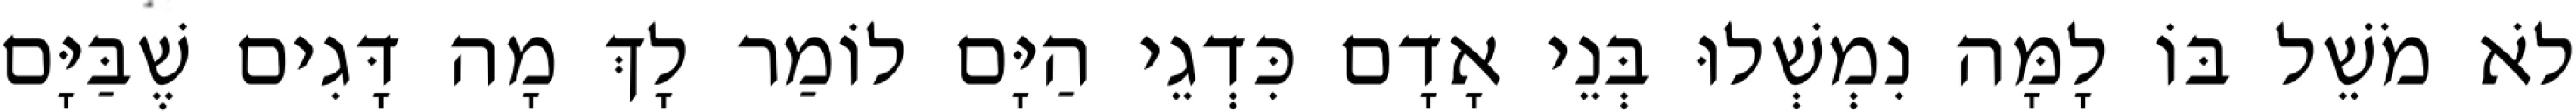
לֹא מֹשֵׁל בּוֹ לָמָּה נִמְשְׁלוּ בְּנֵי אָדָם כִּדְגֵי הַיָּם לוֹמַר לָךְ מָה דָּגִים שֶׁבַּיָּם